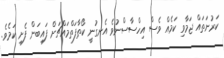
ކަރުނަތައް ޖަމާވި ކަމެއް ވެސް އިހްސާސްނުވެ އެނގުނީ ކޯތާފަތްމައްޗަށް ފައިބަން ފެށި ކަމެވެ.